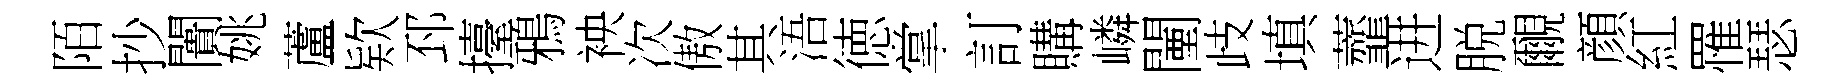
陌抄闠姚蘆欵邳擡鴉䘧次傲其浯徳掌訂購嶙闉歧填虀进脱覼顔紅罹瑟